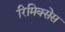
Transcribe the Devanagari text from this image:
रिमिक्सेस